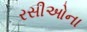
રસીઓના